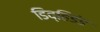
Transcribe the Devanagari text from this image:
डिव्हिडंड